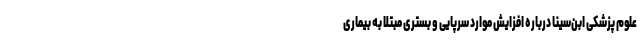
علوم پزشکی ابن‌سینا درباره افزایش موارد سرپایی و بستری مبتلا به بیماری